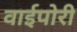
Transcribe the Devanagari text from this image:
वाईपोरी